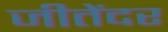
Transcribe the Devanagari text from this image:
जीतेंदर